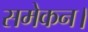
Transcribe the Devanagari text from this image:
समेकन।